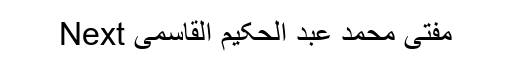
Next مفتی محمد عبد الحکیم القاسمی